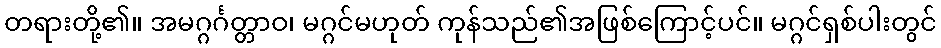
တရားတို့၏။ အမဂ္ဂင်္ဂတ္တာဝ၊ မဂ္ဂင်မဟုတ် ကုန်သည်၏အဖြစ်ကြောင့်ပင်။ မဂ္ဂင်ရှစ်ပါးတွင်